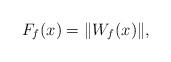
LaTeX: \begin{align*} F_f(x) = \| W_f(x)\|,\end{align*}